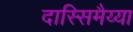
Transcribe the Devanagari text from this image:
दास्सिमैय्या